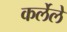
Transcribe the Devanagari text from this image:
कर्लेले